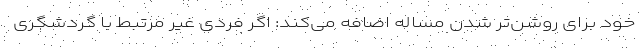
خود برای روشن‌تر شدن مساله اضافه می‌کند: اگر فردی غیر مرتبط با گردشگری